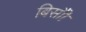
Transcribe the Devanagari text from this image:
बिसौी